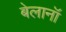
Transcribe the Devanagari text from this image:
बेलानॉ